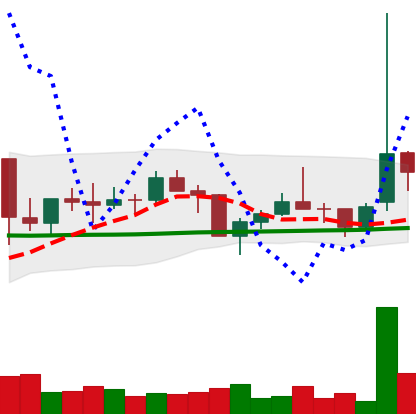
Ticker: TRX-USD
Chart end date: 2021-01-30
Forward return: 3.578%
Label: up_3_5